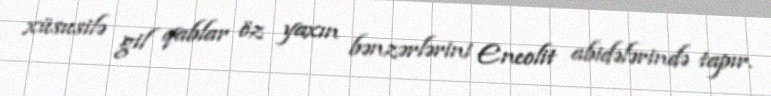
xüsusilə gil qablar öz yaxın bənzərlərini Eneolit abidələrində tapır.